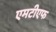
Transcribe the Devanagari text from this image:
एमटीएफ